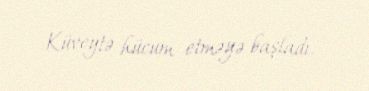
Küveytə hücum etməyə başladı.